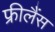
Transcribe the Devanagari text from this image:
फ्रीलैंस